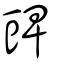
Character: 豍